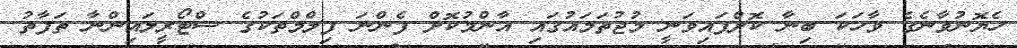
ހެޔޮނުވާނެގެ ވާހަކަ ބިނާ ކޮށްފައިވަނީ މުޖުތަމައުގައި އާންމުކޮށް ފެންނަ ފިލްމްތަކުގެ ސްޓޯރީލައިންނާ ތަފާތު